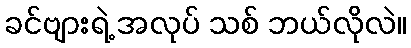
ခင်ဗျားရဲ့ အလုပ် သစ် ဘယ်လိုလဲ။